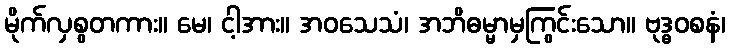
မိုက်လှစွတကား။ မေ၊ ငါ့အား။ အဝသေသံ၊ အဘိဓမ္မာမှကြွင်းသော။ ဗုဒ္ဓဝစနံ၊